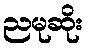
ညမုဆိုး